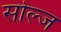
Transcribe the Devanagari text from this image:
सोल्ज